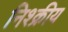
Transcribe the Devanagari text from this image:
निश्क्रीय